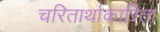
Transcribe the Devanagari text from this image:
चरितार्थाकारिता